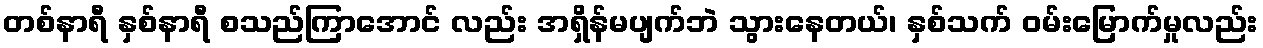
တစ်နာရီ နှစ်နာရီ စသည်ကြာအောင် လည်း အရှိန်မပျက်ဘဲ သွားနေတယ်၊ နှစ်သက် ဝမ်းမြောက်မှုလည်း